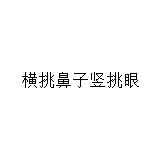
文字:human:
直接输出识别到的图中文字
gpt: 横挑鼻子竖挑眼